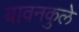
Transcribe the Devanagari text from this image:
बावनकुले